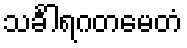
သင်္ခါရဂတမေတံ